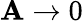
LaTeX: \mathbf{A}\to0